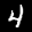
Digit: 4